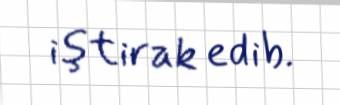
iştirak edib.